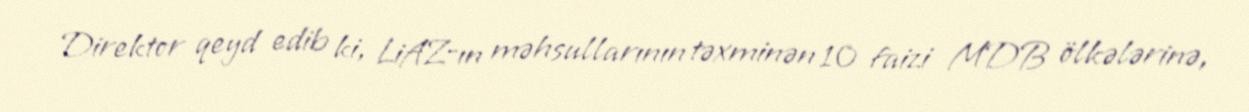
Direktor qeyd edib ki, LiAZ-ın məhsullarının təxminən 10 faizi MDB ölkələrinə,